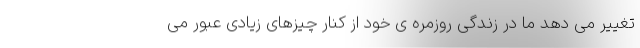
تغییر می دهد ما در زندگی روزمره ی خود از کنار چیزهای زیادی عبور می